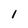
Character: l